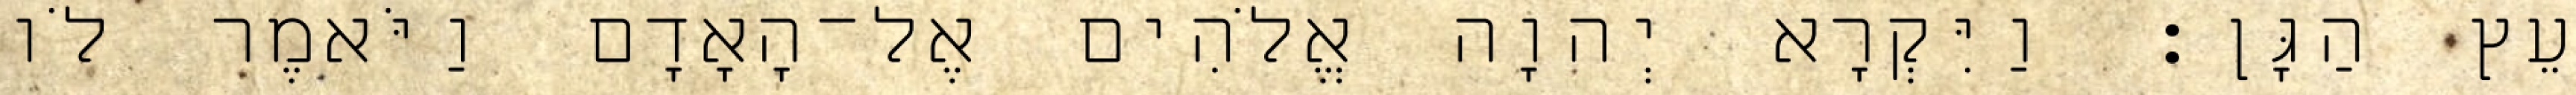
עֵץ הַגָּן׃ וַיִּקְרָא יְהוָה אֱלֹהִים אֶל־הָאָדָם וַיֹּאמֶר לֹו